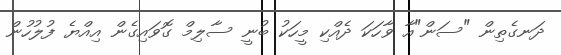
ދަނގެތިން "ސަން"އާ ވާހަކަ ދެއްކި މީހަކު ބުނީ ސާލިމް ގޮވައިގެން އިއްޔެ ފުލުހުން